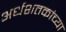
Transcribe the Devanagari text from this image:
अर्धशतकांच्या